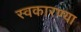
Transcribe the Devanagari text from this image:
स्वकारण्या